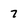
Character: 7